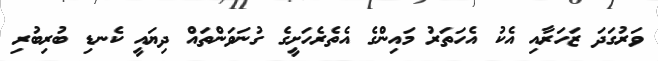
ވަރުގަދަ ޒަހަރާއި އެކު އެހަތަރު މައިންގެ އެތެރެހަށީގެ ގުނަވަންތައް ދިޔައީ ކެނޑި ބުރިބުރި